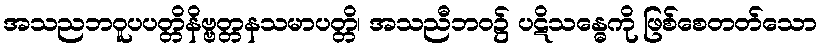
အသညဘဝူပပတ္တိနိဗ္ဗတ္တနသမာပတ္တိ၊ အသညီဘဝ၌ ပဋိသန္ဓေကို ဖြစ်စေတတ်သော